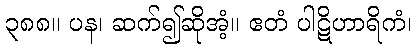
၃၈၈။ ပန၊ ဆက်၍ဆိုအံ့။ ဧတံ ပါဋိဟာရိကံ၊